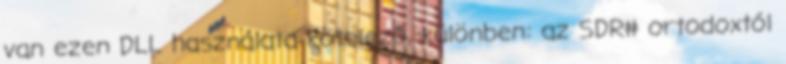
van ezen DLL használata kötelező, különben: az SDR# ortodoxtól